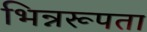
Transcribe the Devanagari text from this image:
भिन्नरूपता